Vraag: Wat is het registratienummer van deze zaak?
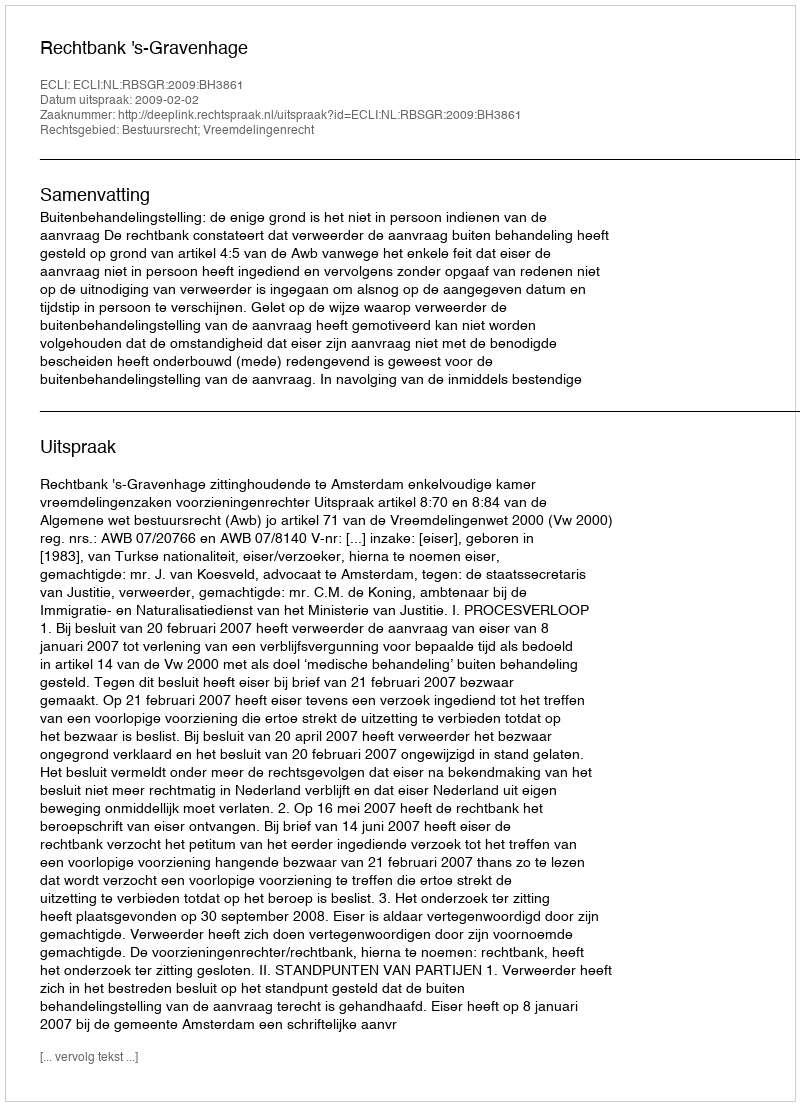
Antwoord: http://deeplink.rechtspraak.nl/uitspraak?id=ECLI:NL:RBSGR:2009:BH3861